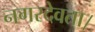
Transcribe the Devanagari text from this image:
नगरदेवता।